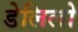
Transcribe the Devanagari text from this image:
डेलिलो